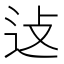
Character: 𬨞